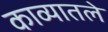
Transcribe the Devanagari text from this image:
काव्यातले